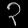
Digit: ၃